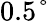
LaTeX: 0.5°